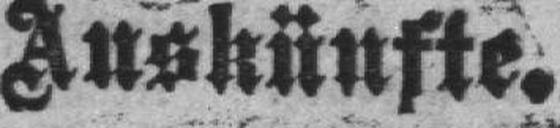
Auskünfte.